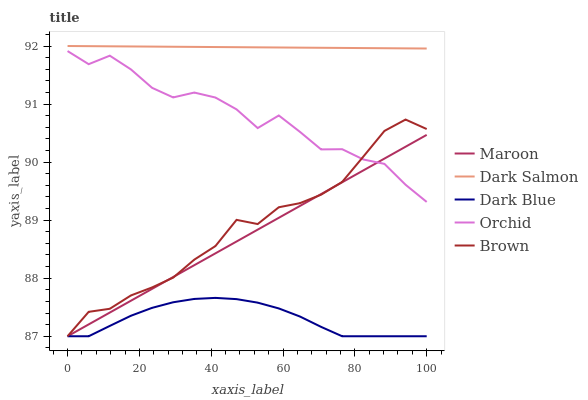
| xaxis_label | Maroon | Dark Salmon | Dark Blue | Orchid | Brown |
 | --- | --- | --- | --- | --- | --- |
 | 0 | 87 | 92 | 87 | 91.9 | 87 |
 | 5.88 | 87.2 | 92 | 87 | 91.7 | 87.4 |
 | 11.8 | 87.4 | 92 | 87.2 | 91.8 | 87.5 |
 | 17.6 | 87.6 | 92 | 87.4 | 91.6 | 87.7 |
 | 23.5 | 87.8 | 92 | 87.5 | 91.3 | 87.8 |
 | 29.4 | 88 | 92 | 87.6 | 91.1 | 88 |
 | 35.3 | 88.2 | 92 | 87.6 | 91.2 | 88.3 |
 | 41.2 | 88.4 | 92 | 87.7 | 91.1 | 88.6 |
 | 47.1 | 88.6 | 92 | 87.6 | 90.9 | 89 |
 | 52.9 | 88.8 | 92 | 87.6 | 90.6 | 88.9 |
 | 58.8 | 89 | 92 | 87.5 | 90.8 | 89.2 |
 | 64.7 | 89.2 | 92 | 87.3 | 90.5 | 89.3 |
 | 70.6 | 89.4 | 92 | 87.2 | 90.2 | 89.4 |
 | 76.5 | 89.7 | 92 | 87 | 90.2 | 89.7 |
 | 82.4 | 89.9 | 92 | 87 | 90 | 90.1 |
 | 88.2 | 90.1 | 92 | 87 | 90 | 90.5 |
 | 94.1 | 90.3 | 92 | 87 | 89.6 | 90.7 |
 | 100 | 90.5 | 92 | 87 | 89.3 | 90.6 |